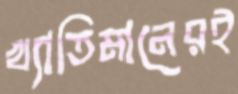
খ্যাতিমানেরই